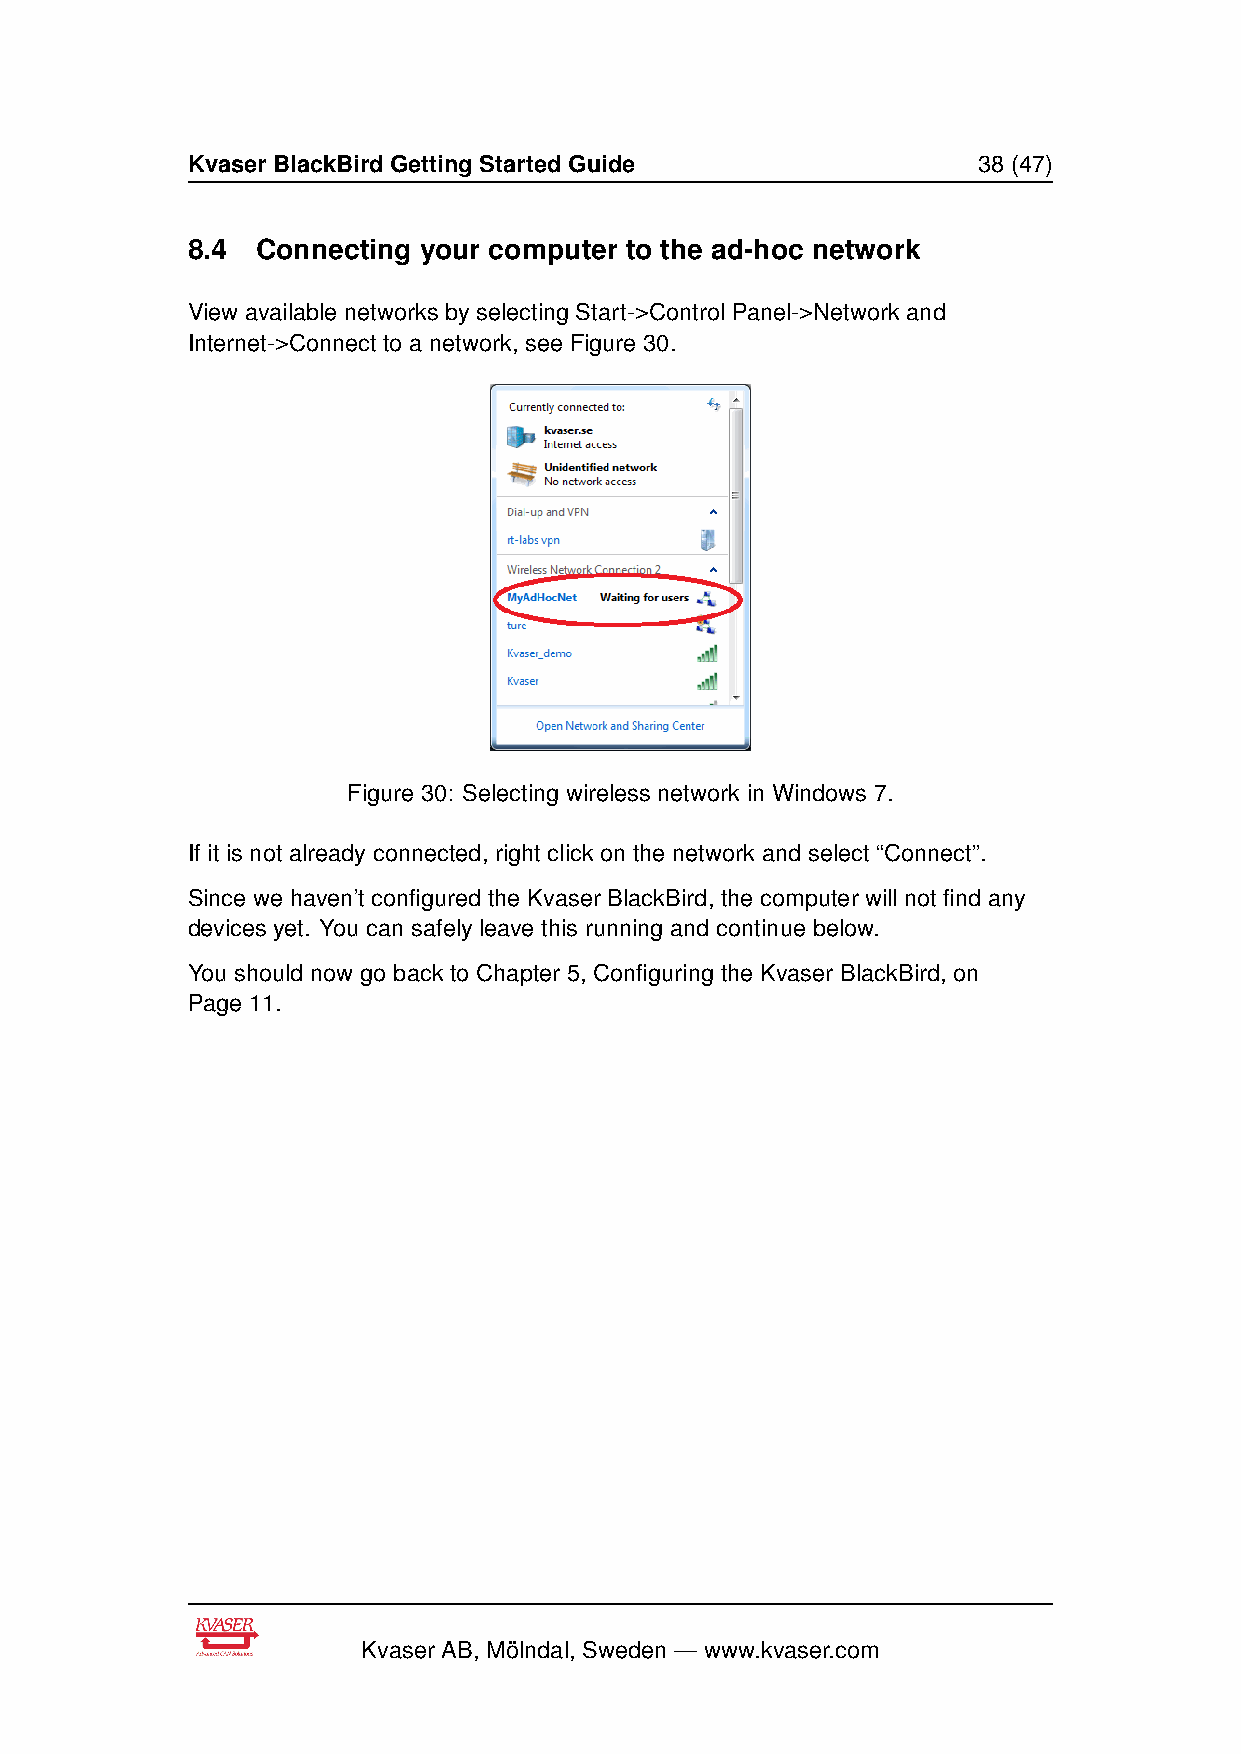
Kvaser BlackBird Getting Started Guide               38 (47)
 8.4  Connecting your computer to the ad-hoc network
 View available networks by selecting Start->Control Panel->Network and
 Internet->Connect to a network, see Figure 30.
 Figure 30: Selecting wireless network in Windows 7.
 If it is not already connected, right click on the network and select “Connect”.
 Since we haven’t configured the Kvaser BlackBird, the computer will not find any
 devices yet. You can safely leave this running and continue below.
 You should now go back to Chapter 5, Configuring the Kvaser BlackBird, on
 Page 11.
 Kvaser AB, Mölndal, Sweden — www.kvaser.com